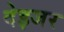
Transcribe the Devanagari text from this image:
देइजर